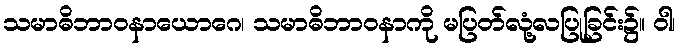
သမာဓိဘာဝနာယောဂေ၊ သမာဓိဘာဝနာကို မပြတ်လုံ့လပြုခြင်း၌။ ဝါ၊